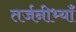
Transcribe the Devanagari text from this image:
तर्जनीभ्याँ